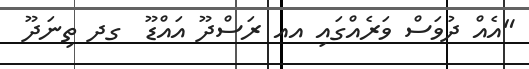
"އެއް ދުވަސް ވަރެއްގައި އއ ރަސްދޫ އައްޑޫ  ގދ ތިނަދޫ